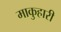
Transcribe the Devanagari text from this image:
माकुहारी